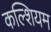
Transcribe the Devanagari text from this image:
कल्शियम